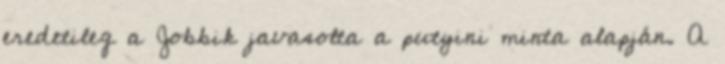
eredetileg a Jobbik javasolta a putyini minta alapján. A